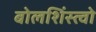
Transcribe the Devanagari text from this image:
बोलशिंस्त्वो